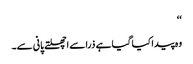
‘‘
وہ پیدا کیا گیا ہے ذرا سے اچھلتے پانی سے۔